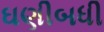
ઘણીબધી